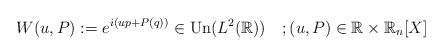
LaTeX: \begin{align*}W(u,P):=e^{i(up+P(q))} \in\hbox{Un}(L^2(\mathbb{R}))\quad; (u,P)\in\mathbb{R}\times\mathbb{R}_n[X]\end{align*}